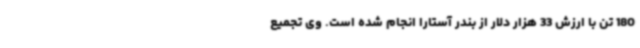
180 تن با ارزش 33 هزار دلار از بندر آستارا انجام شده است. وی تجمیع